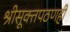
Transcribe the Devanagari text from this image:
श्रीसूक्तपठणही